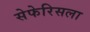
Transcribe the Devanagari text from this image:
सेफेरिसला